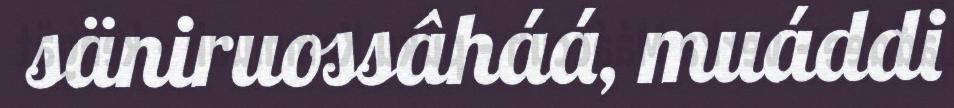
säniruossâháá, muáddi